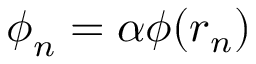
\boldsymbol { \phi } _ { n } = \alpha \phi ( \boldsymbol { r } _ { n } )